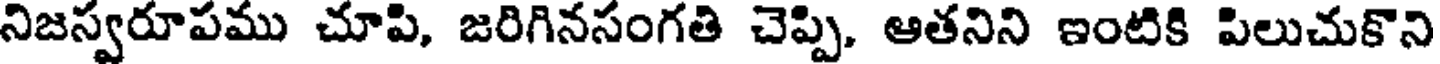
నిజస్వరూపము చూపి, జరిగినసంగతి చెప్పి, ఆతనిని ఇంటికి పిలుచుకొని